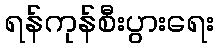
ရန်ကုန်စီးပွားရေး